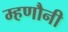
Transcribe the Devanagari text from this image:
म्हणौनी